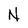
Character: N